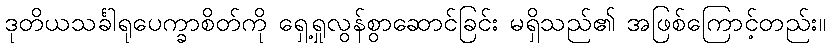
ဒုတိယသင်္ခါရုပေက္ခာစိတ်ကို ရှေ့ရှုလွန်စွာဆောင်ခြင်း မရှိသည်၏ အဖြစ်ကြောင့်တည်း။